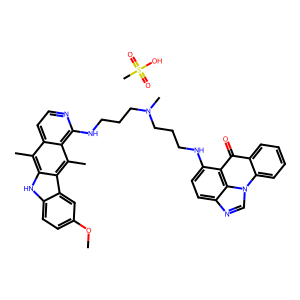
SMILES: COc1ccc2[nH]c3c(C)c4ccnc(NCCCN(C)CCCNc5ccc6ncn7c8ccccc8c(=O)c5c67)c4c(C)c3c2c1.CS(=O)(=O)O
Inhibits HIV replication: No